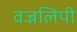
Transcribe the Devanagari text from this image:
वज्रलिपी